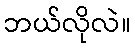
ဘယ်လိုလဲ။